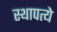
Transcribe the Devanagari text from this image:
स्थापत्ये